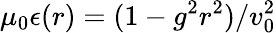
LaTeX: \mu_{0}\epsilon(r)=(1-g^{2}r^{2})/v_{0}^{2}